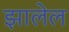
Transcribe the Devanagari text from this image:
झालेल